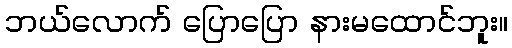
ဘယ်လောက် ပြောပြော နားမထောင်ဘူး။